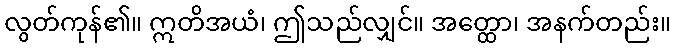
လွတ်ကုန်၏။ ဣတိအယံ၊ ဤသည်လျှင်။ အတ္ထော၊ အနက်တည်း။